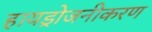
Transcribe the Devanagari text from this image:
हायड्रोजनीकरण